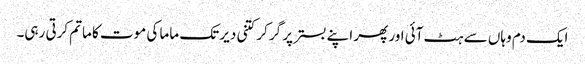
ایک دم وہاں سے ہٹ آئی اور پھر اپنے بستر پر گر کر کتنی دیر تک ماما کی موت کا ماتم کرتی رہی۔